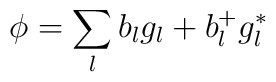
\phi = \sum_l b_l g_l + b_l^+ g_l^*